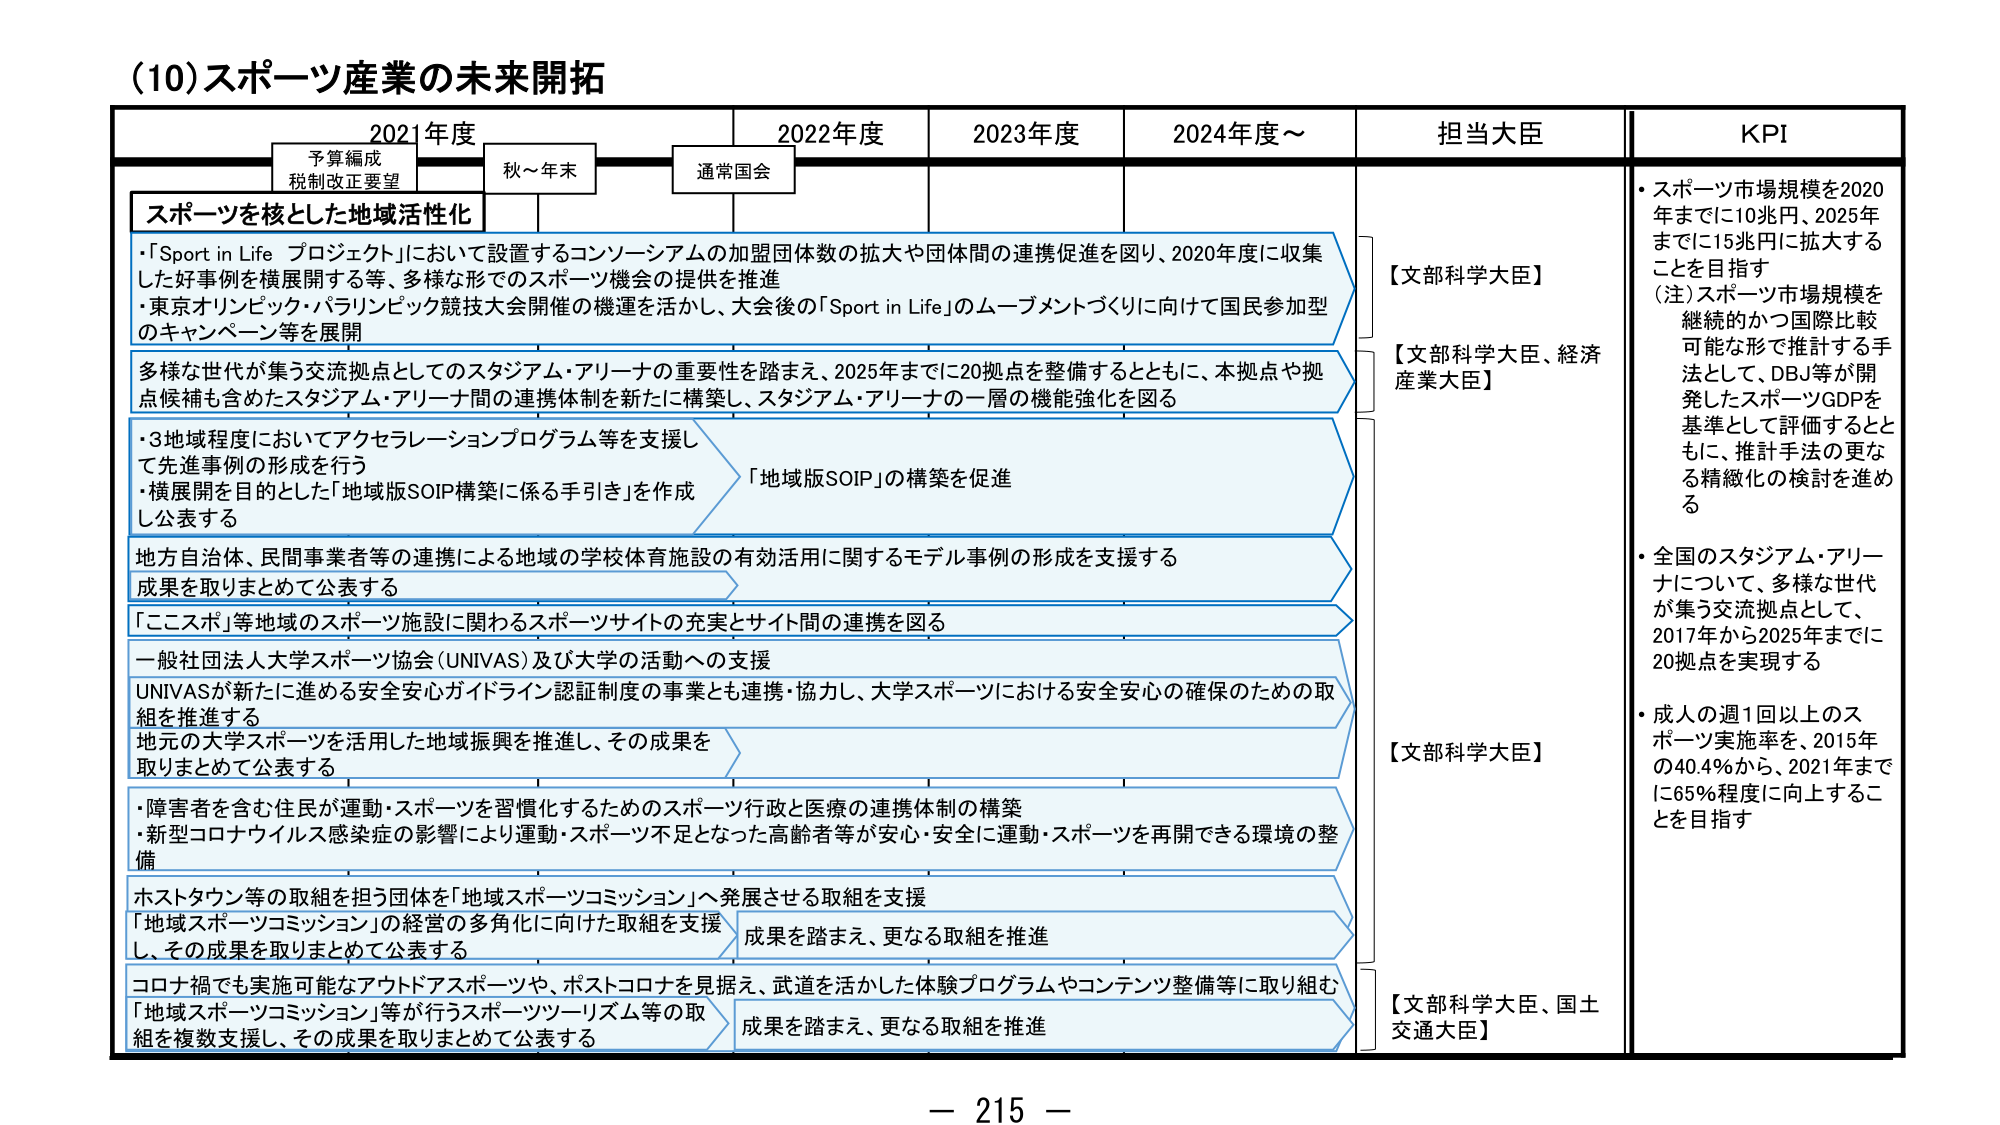
(10) スポーツ産業の未来開拓

2021年度　　　　　　2022年度　　　　　　2023年度　　　　　　2024年度～　　　　　　担当大臣　　　　　　KPI

予算編成
税制改正要望　　　　　秋～年末　　　　　　通常国会

スポーツを核とした地域活性化

・「Sport in Life プロジェクト」において設置するコンソーシアムの加盟団体数の拡大や団体間の連携促進を図り、2020年度に収集した好事例を横展開する等、多様な形でのスポーツ機会の提供を推進
・東京オリンピック・パラリンピック競技大会開催の機運を活かし、大会後の「Sport in Life」のムーブメントづくりに向けて国民参加型のキャンペーン等を展開

多様な世代が集う交流拠点としてのスタジアム・アリーナの重要性を踏まえ、2025年までに20拠点を整備するとともに、本拠点や拠点候補も含めたスタジアム・アリーナ間の連携体制を新たに構築し、スタジアム・アリーナの一層の機能強化を図る

・3地域程度においてアクセラレーションプログラム等を支援して先進事例の形成を行う
・横展開を目的とした「地域版SOIP構築に係る手引き」を作成し公表する

「地域版SOIP」の構築を促進

地方自治体、民間事業者等の連携による地域の学校体育施設の有効活用に関するモデル事例の形成を支援する
成果を取りまとめて公表する

「ここスポ」等地域のスポーツ施設に関わるスポーツサイトの充実とサイト間の連携を図る

一般社団法人大学スポーツ協会（UNIVAS）及び大学の活動への支援
UNIVASが新たに進める安全安心ガイドライン認証制度の事業とも連携・協力し、大学スポーツにおける安全安心の確保のための取組を推進する
地元の大学スポーツを活用した地域振興を推進し、その成果を取りまとめて公表する

・障害者を含む住民が運動・スポーツを習慣化するためのスポーツ行政と医療の連携体制の構築
・新型コロナウイルス感染症の影響により運動・スポーツ不足となった高齢者等が安心・安全に運動・スポーツを再開できる環境の整備

ホストタウン等の取組を担う団体を「地域スポーツコミッション」へ発展させる取組を支援
「地域スポーツコミッション」の経営の多角化に向けた取組を支援し、その成果を取りまとめて公表する

成果を踏まえ、更なる取組を推進

コロナ禍でも実施可能なアウトドアスポーツや、ポストコロナを見据え、武道を活かした体験プログラムやコンテンツ整備等に取り組む
「地域スポーツコミッション」等が行うスポーツツーリズム等の取組を複数支援し、その成果を取りまとめて公表する

成果を踏まえ、更なる取組を推進

【文部科学大臣】
【文部科学大臣、経済産業大臣】
【文部科学大臣】
【文部科学大臣、国土交通大臣】

・スポーツ市場規模を2020年までに10兆円、2025年までに15兆円に拡大することを目指す
（注）スポーツ市場規模を継続的かつ国際比較可能な形で推計する手法として、DBJ等が開発したスポーツGDPを基準として評価するとともに、推計手法の更なる精緻化の検討を進める

・全国のスタジアム・アリーナについて、多様な世代が集う交流拠点として、2017年から2025年までに20拠点を実現する

・成人の週1回以上のスポーツ実施率を、2015年の40.4％から、2021年までに65％程度に向上することを目指す

－ 215 －